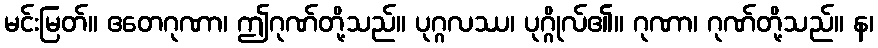
မင်းမြတ်။ ဧတေဂုဏာ၊ ဤဂုဏ်တို့သည်။ ပုဂ္ဂလဿ၊ ပုဂ္ဂိုလ်၏။ ဂုဏာ၊ ဂုဏ်တို့သည်။ န၊